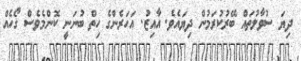
ދިޔަ ސުވާލުތައް ބޭރުކުރަމުން ދިޔައެވެ. އާއިޒު. އަހަރެންގެ ހިތް ބުނަނީ ކޮންމެވެސް ގޯހެއް